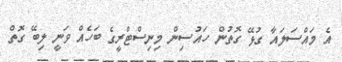
އެ މައްސަލައާ ގުޅޭ ގޮތުން ހައުސިން މިނިސްޓްރީގެ ބަހެއް ވަނީ ލިބޭ ގޮތް